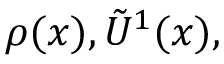
\rho ( x ) , \tilde { U } ^ { 1 } ( x ) ,